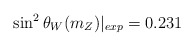
\begin{align*}\sin^2 \theta_W(m_Z)|_{exp}=0.231\end{align*}